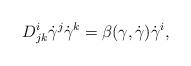
LaTeX: \begin{align*} D^i_{jk} \dot \gamma^j \dot \gamma^k= \beta(\gamma, \dot \gamma) \dot \gamma^i , \end{align*}